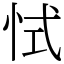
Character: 恜